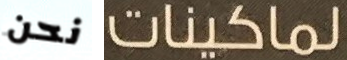
نحن لماكينات